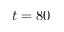
t = 8 0